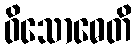
ဝိသောဓေတိ